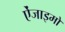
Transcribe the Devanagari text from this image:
ऐंजाइमों